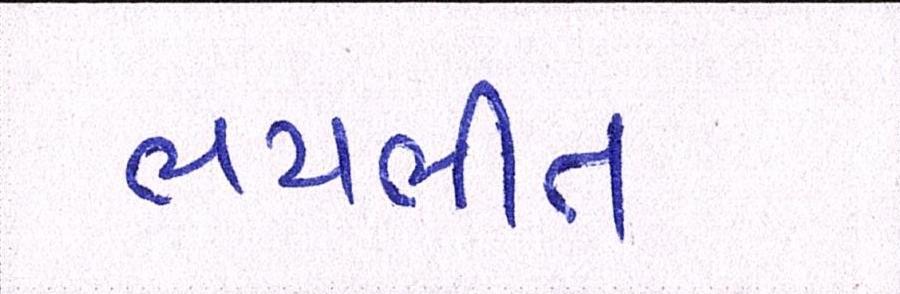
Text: ભયભીત